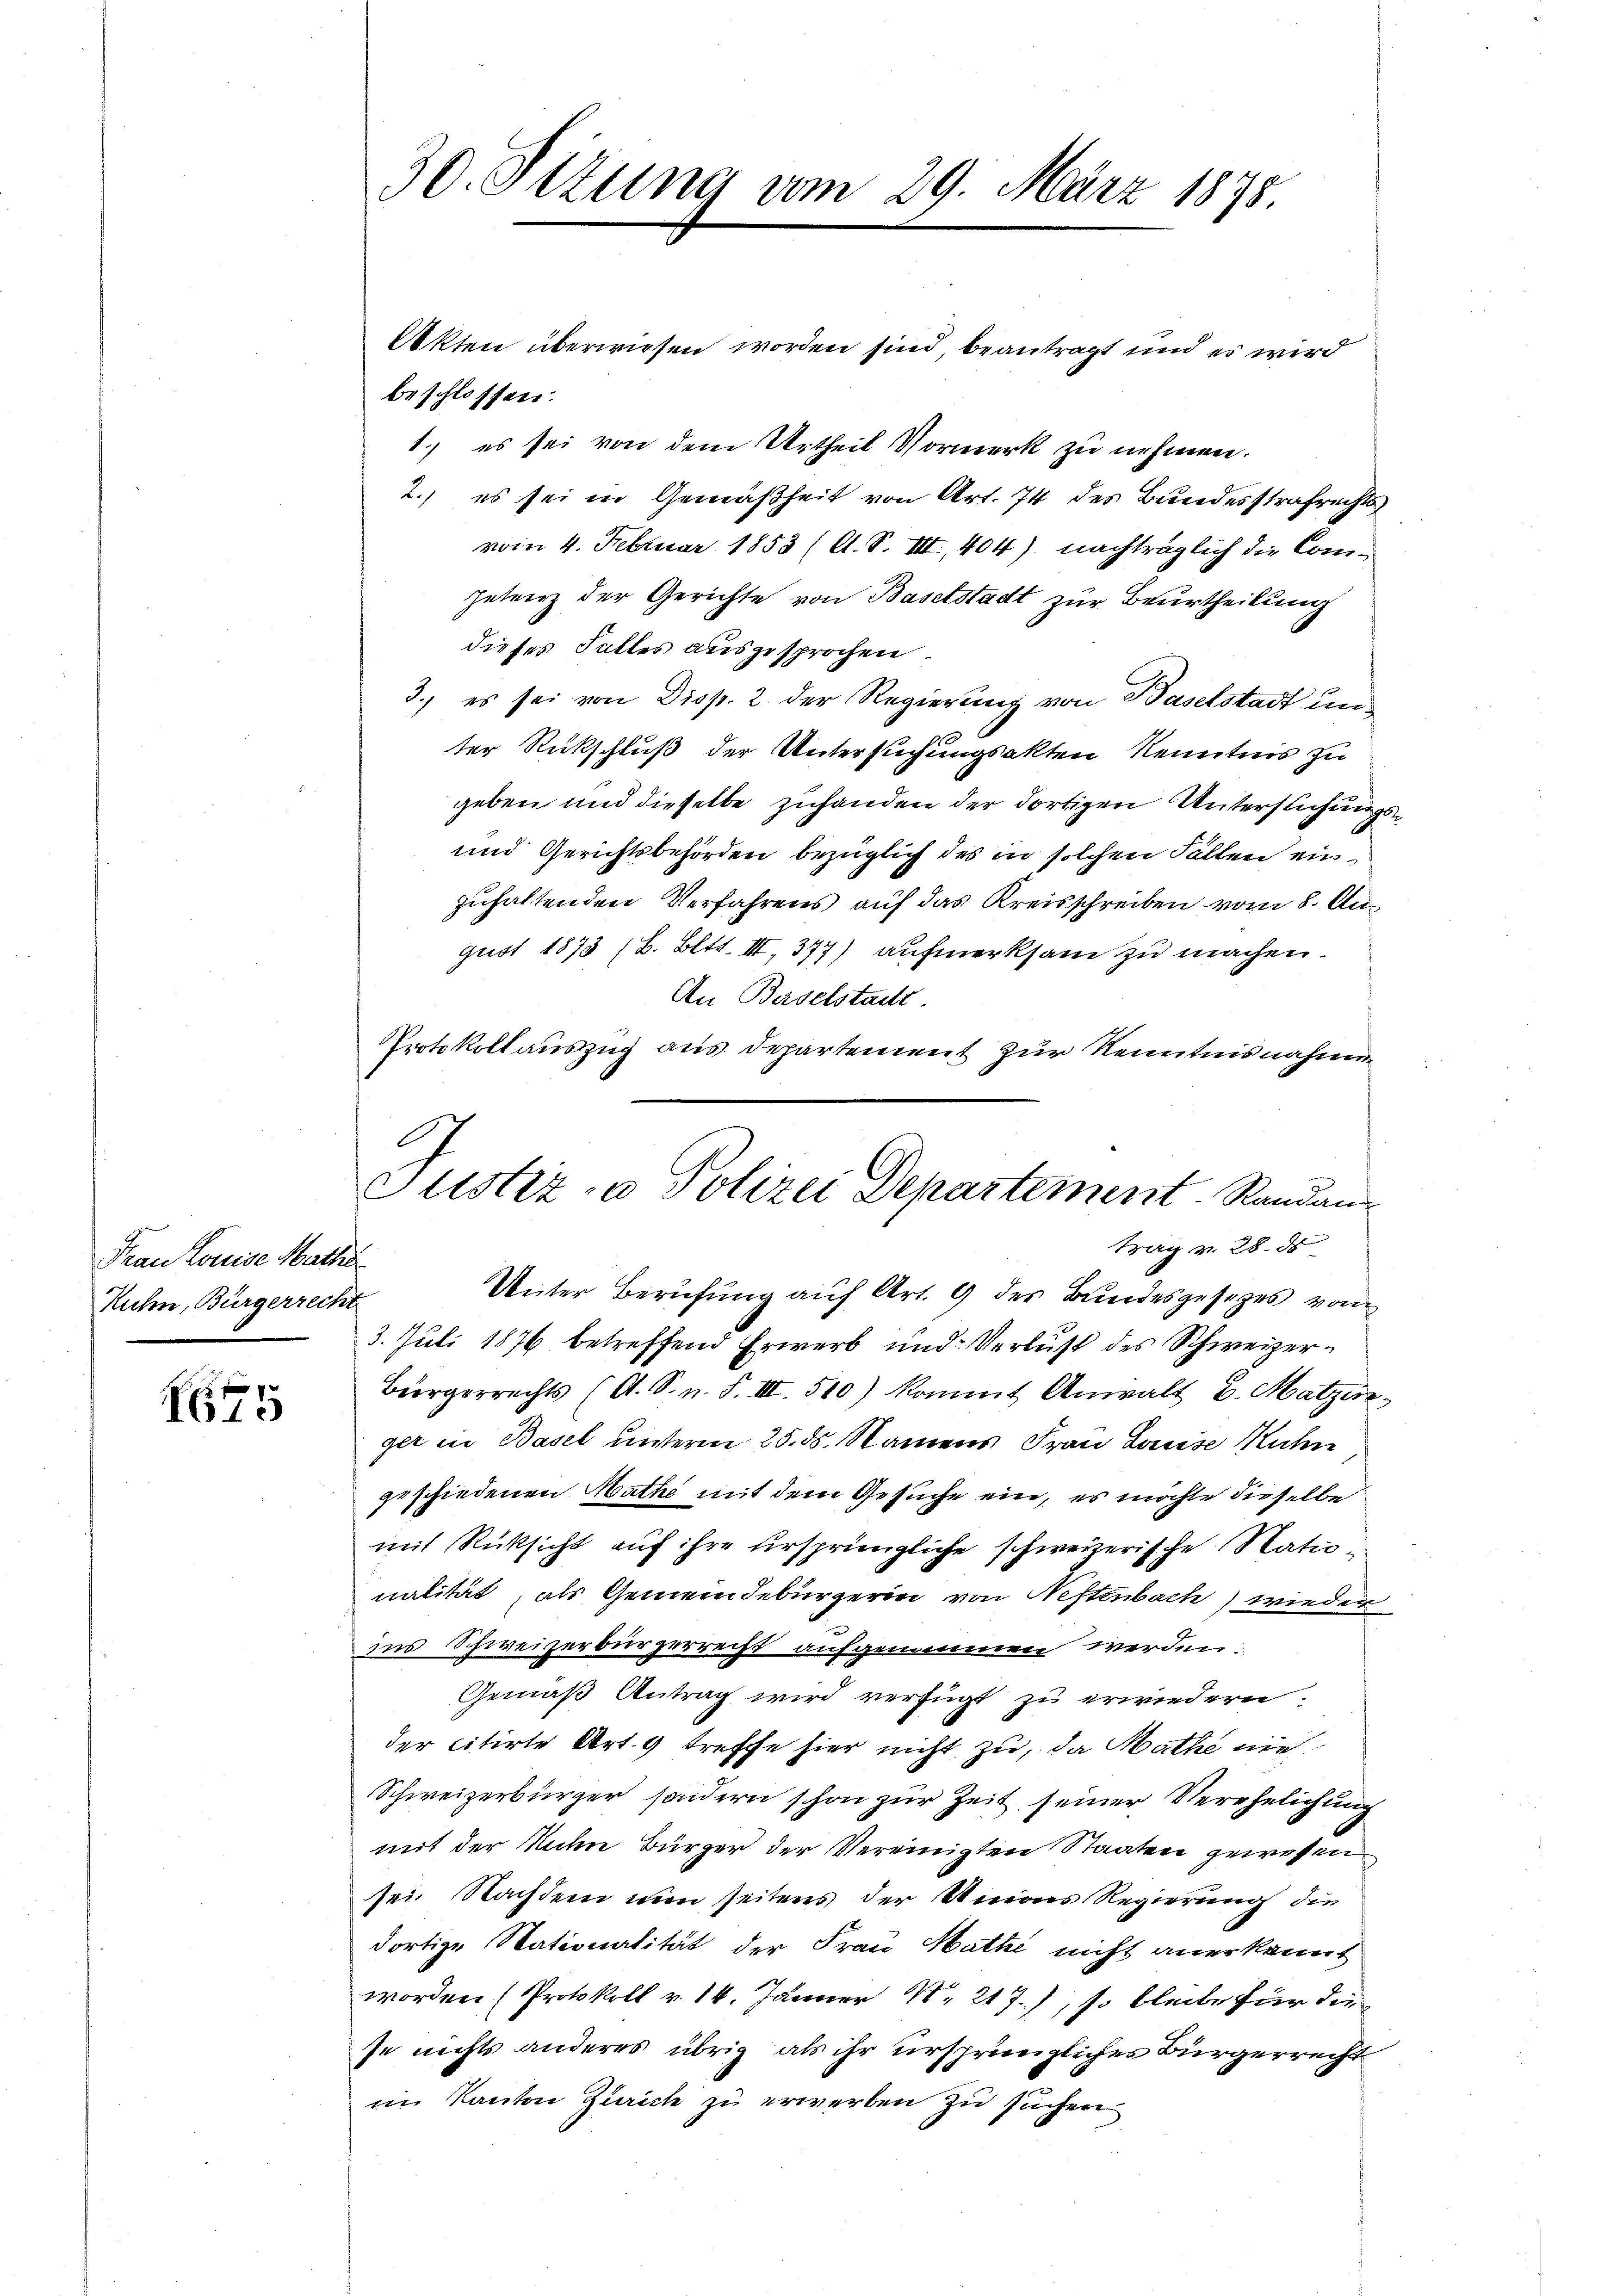
Frau Komise Mathe
Kuhn, Bürgerrecht

6

30. Sitzung vom 29. März 1878.

Justiz- u Polizei Departement Randan¬
Bay v. 28. d

Akten überwiesen worden sind beantragt und es wird
beschlossen:
1.) es sei von dem Urtheil Vormerk zu nehmen.
2.) es sei in Gemäßheit von Art. 74 des Bundesstrafrechts
vom 4. Februar 1853 (C. S. III., 404) nachträglich die Competenz der Gerichte von Baselstadt zur Beurtheilung
dieses Falles ausgesprochen.
3.) es sei von Disp. 2. der Regierung von Baselstadt unter Rückschluß der Untersuchungsakten Kenntnis zu
geben und dieselbe zuhanden der dortigen Unterstichungs¬
und Gerichtsbehörden bezüglich des in solchen Fällen einzuhaltenden Verfahrens auf das Kreisschreiben vom 8. Au
gust 1873 (B. Bett. II, 377) aufmerksam zu machen.
An Baselstadt
Protokollauszug aus Departement zur Kenntnisnahmen
Unter Berufung auf Art. 9 des Bundesgesetzes vom
3. Juli 1876 betreffend Erwerb und Verlust des Schweizer¬
Bürgerrechts (A. S. n. F. III. 510) kommt Anwalt d. Matzer
ger in Basel unterm 25. ds. Namens Frau Lause Kuhn
geschiedenen Mathe mit dem Gesuche ein, es möchte dieselbe
mit Rücksicht auf ihre ursprüngliche schweizerische Nationalität als Gemeindebürgerin von Neftenbach) wieder
ins Schweizerbürgerrecht aufgenommen werden.
Gemäß Antrag wird verfügt zu erwiedern.
der citirte Art. 9 treffe hier nicht zu, da Mathe nie¬
Schweizerbürger, sondern schon zur Zeit seiner Verehelichung
mit der Nachn Bürger der Vereinigten Staaten gewesen.
sei Nachdem nun seitens der Unions Regierung die
dortige Nationalität der Frau Mathe nicht anerkannt
worden (Protokoll v. 14. Jänner Nr 217.), so bleibe für die
se nichts anderes übrig als ihr ursprüngliches Bürgerrecht
im Kanton Zürich zu erwerben zu suchen